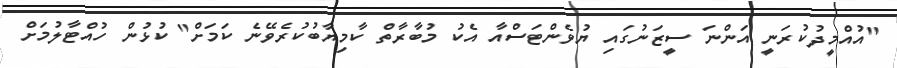
"އުއްމީދުކުރަނީ އަންނަ ސީޒަނުގައި ޔުވެންޓަސްއާ އެކު މުބާރާތް ކާމިޔާބުކުރެވޭނެ ކަމަށް" ކުޅުން ހުއްޓާލުމަށް